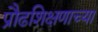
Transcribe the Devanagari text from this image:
प्रौढशिक्षणाच्या